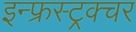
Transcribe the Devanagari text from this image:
इन्फ्रस्ट्रक्चर